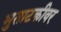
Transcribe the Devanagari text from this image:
भुताटकीवर